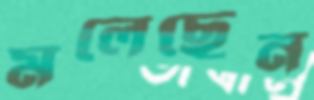
মলেছেন